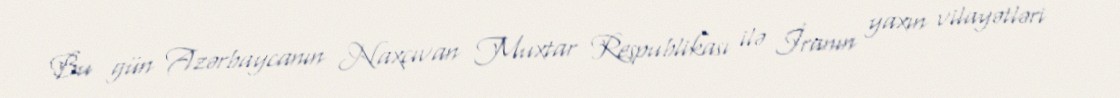
Bu gün Azərbaycanın Naxçıvan Muxtar Respublikası ilə İranın yaxın vilayətləri